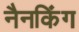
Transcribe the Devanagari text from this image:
नैनकिंग